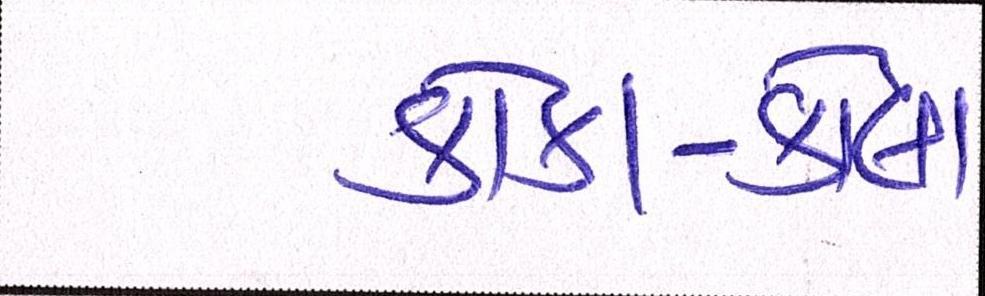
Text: કોકા-કોલા